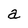
Character: a